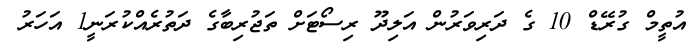
އުތީމް ގުރޭޑް 10 ގެ ދަރިވަރުން އަލިދޫ ރިސޯޓަށް ތަޖުރިބާގެ ދަތުރެއްކުރަނީ1 އަހަރު